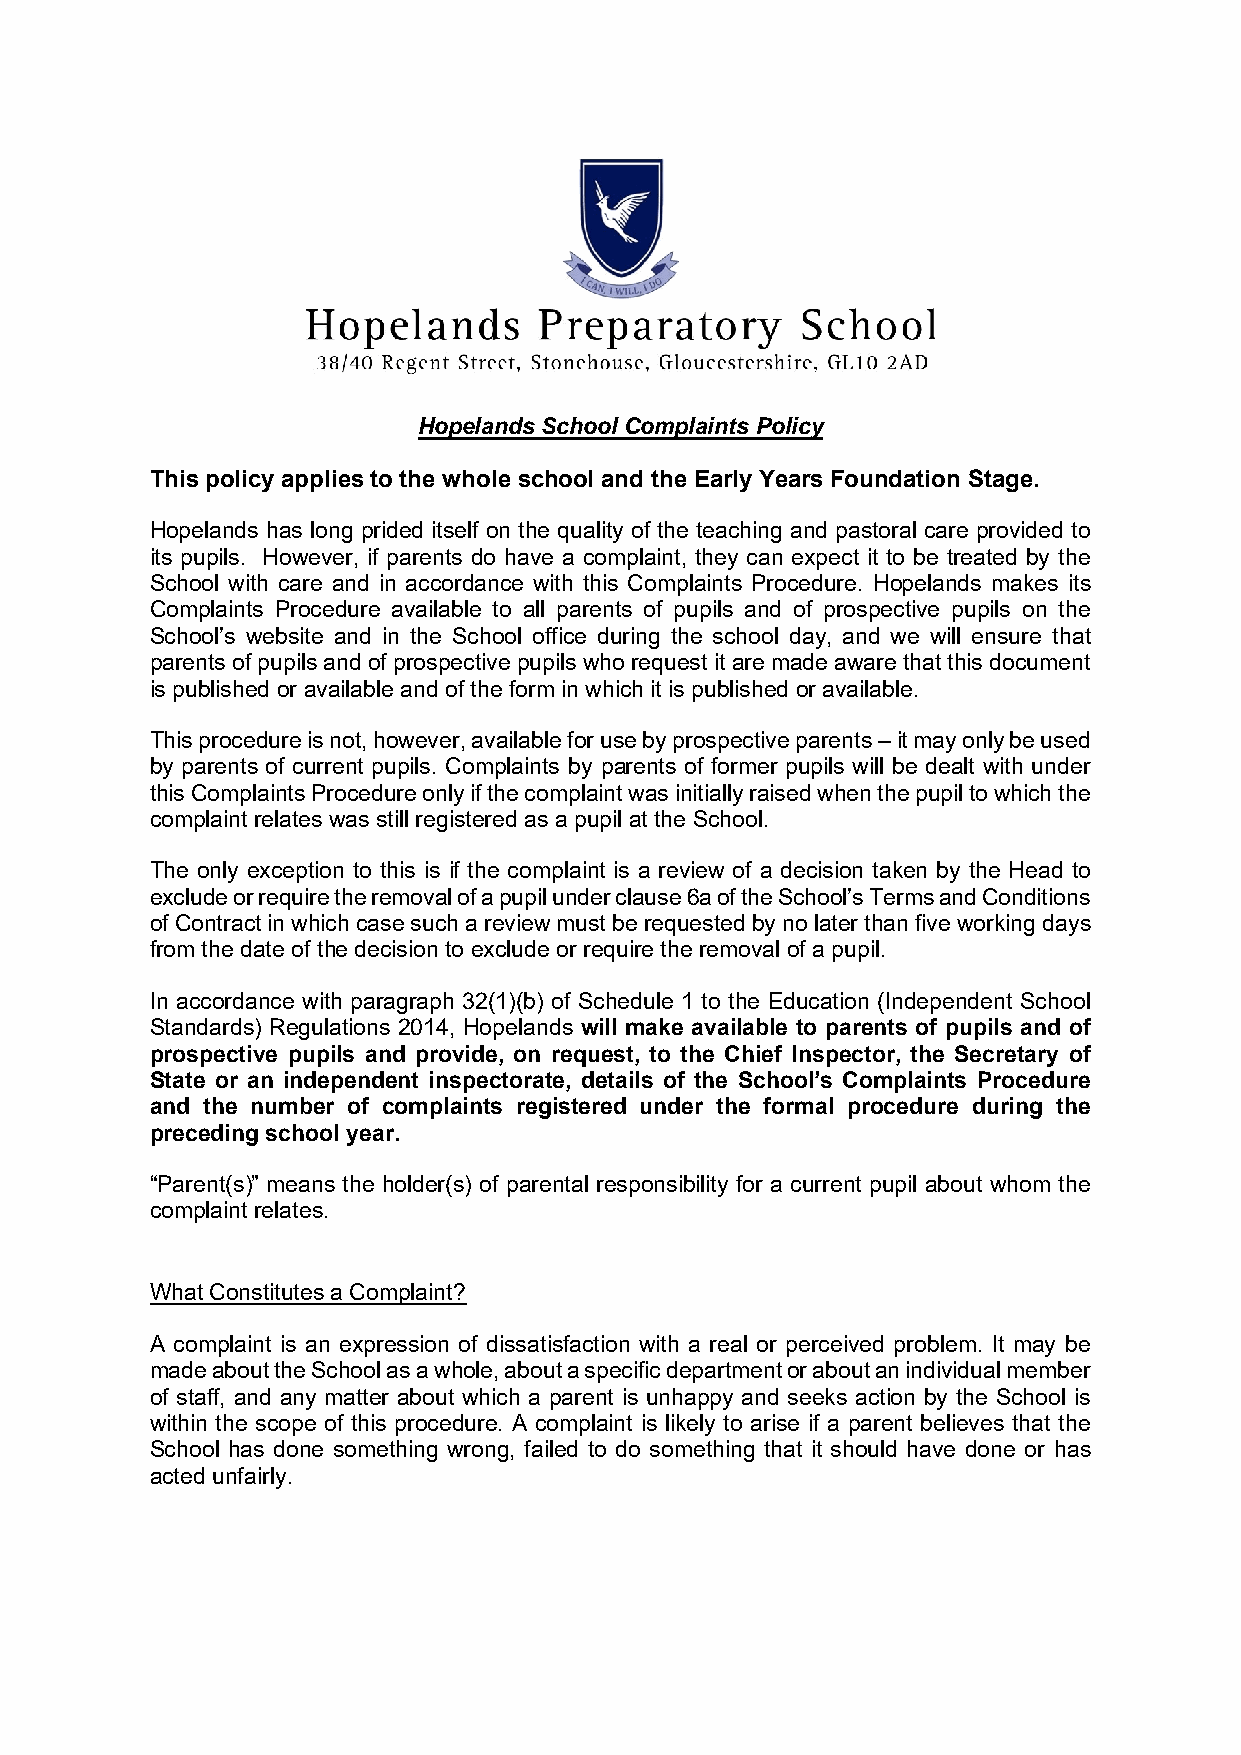
Hopelands School Complaints Policy
 This policy applies to the whole school and the Early Years Foundation Stage.
 Hopelands has long prided itself on the quality of the teaching and pastoral care provided to
 its pupils. However, if parents do have a complaint, they can expect it to be treated by the
 School with care and in accordance with this Complaints Procedure. Hopelands makes its
 Complaints Procedure available to all parents of pupils and of prospective pupils on the
 School’s website and in the School office during the school day, and we will ensure that
 parents of pupils and of prospective pupils who request it are made aware that this document
 is published or available and of the form in which it is published or available.
 This procedure is not, however, available for use by prospective parents – it may only be used
 by parents of current pupils. Complaints by parents of former pupils will be dealt with under
 this Complaints Procedure only if the complaint was initially raised when the pupil to which the
 complaint relates was still registered as a pupil at the School.
 The only exception to this is if the complaint is a review of a decision taken by the Head to
 exclude or require the removal of a pupil under clause 6a of the School’s Terms and Conditions
 of Contract in which case such a review must be requested by no later than five working days
 from the date of the decision to exclude or require the removal of a pupil.
 In accordance with paragraph 32(1)(b) of Schedule 1 to the Education (Independent School
 Standards) Regulations 2014, Hopelands will make available to parents of pupils and of
 prospective pupils and provide, on request, to the Chief Inspector, the Secretary of
 State or an independent inspectorate, details of the School’s Complaints Procedure
 and the number of complaints registered under the formal procedure during the
 preceding school year.
 “Parent(s)” means the holder(s) of parental responsibility for a current pupil about whom the
 complaint relates.
 What Constitutes a Complaint?
 A complaint is an expression of dissatisfaction with a real or perceived problem. It may be
 made about the School as a whole, about a specific department or about an individual member
 of staff, and any matter about which a parent is unhappy and seeks action by the School is
 within the scope of this procedure. A complaint is likely to arise if a parent believes that the
 School has done something wrong, failed to do something that it should have done or has
 acted unfairly.